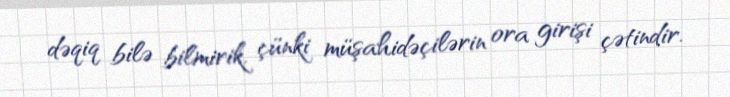
dəqiq bilə bilmirik, çünki müşahidəçilərin ora girişi çətindir.